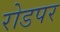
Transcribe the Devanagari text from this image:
रोडपर